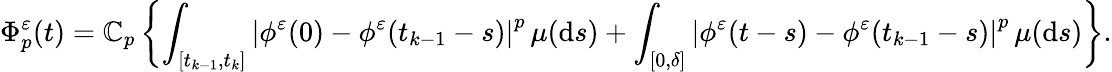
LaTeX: \Phi_{p}^{\varepsilon}(t)=\mathbb{C}_{p}\left\{ \int_{[t_{k-1},t_{k}]}\left|\phi^{\varepsilon}(0)-\phi^{\varepsilon}(t_{k-1}-s)\right|^{p}\, \mu(\mathrm{{d}}s)+\int_{[0,\delta]}\left|\phi^{\varepsilon}(t-s)-\phi^{\varepsilon}(t_{k-1}-s)\right|^{p}\, \mu(\mathrm{{d}}s)\right\} .